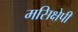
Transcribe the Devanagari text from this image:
मसिक्षेपी